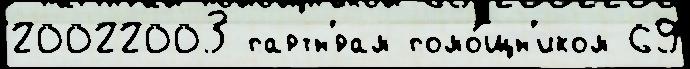
20022003 партн'́рам помо́щн'иком 69